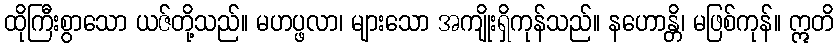
ထိုကြီးစွာသော ယဇ်တို့သည်။ မဟပ္ဖလာ၊ များသော အကျိုးရှိကုန်သည်။ နဟောန္တိ၊ မဖြစ်ကုန်။ ဣတိ